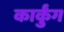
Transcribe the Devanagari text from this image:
कार्कुंग